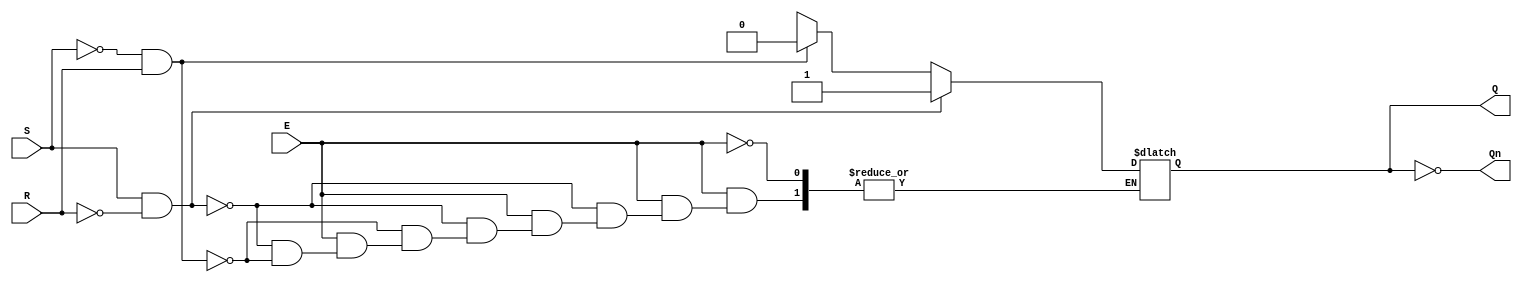
module GatedSRLatch (
    input wire S,      // Set input
    input wire R,      // Reset input
    input wire E,      // Enable input
    output reg Q,      // Output Q
    output wire Qn     // Complementary output Q'
);

    assign Qn = ~Q;    // Complementary output

    always @(*) begin
        if (E) begin
            if (S && ~R) begin
                Q = 1;    // Set state
            end else if (~S && R) begin
                Q = 0;    // Reset state
            end else if (~S && ~R) begin
                // Memory state; retain previous value
                Q = Q;    // Hold previous state
            end else begin
                // Invalid state (S = 1, R = 1) should be avoided
                // Here, we can define behavior; for simplicity, we can keep Q unchanged
                Q = Q;    // Maintain previous state
            end
        end
        // If E is low, retain previous state (Q is unchanged)
    end

endmodule